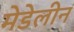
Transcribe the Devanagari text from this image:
मेडेलीन